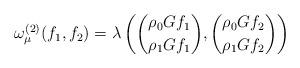
LaTeX: \begin{align*}\omega^{(2)}_{\mu}(f_1,f_2)=\lambda\left(\binom{\rho_0 Gf_1}{\rho_1 Gf_1},\binom{\rho_0 Gf_2}{\rho_1 Gf_2}\right)\end{align*}